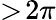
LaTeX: >\! 2\pi